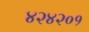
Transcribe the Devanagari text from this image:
४२४२०१